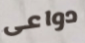
دواعى